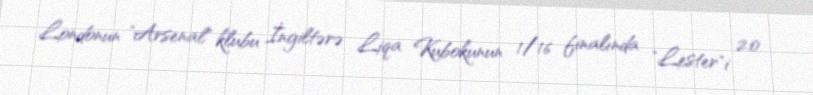
Londonun "Arsenal" klubu İngiltərə Liqa Kubokunun 1/16 finalında "Lester"i 2:0